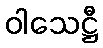
ဝါသေဋ္ဌီ